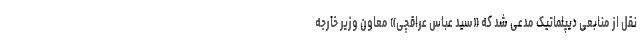
نقل از منابعی دیپلماتیک مدعی شد که «سید عباس عراقچی» معاون وزیر خارجه